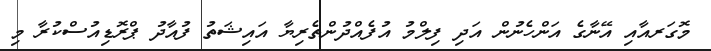
މޮގަރއާއި އޭނާގެ އަންހެނުން އަދި ފިލްމު އުފެއްދުންތެރިޔާ އައިޝަތު ފުއާދު ޕްރޮޑިއުސްކުރާ މި